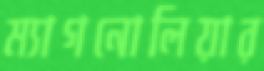
ম্যাগনোলিয়ার